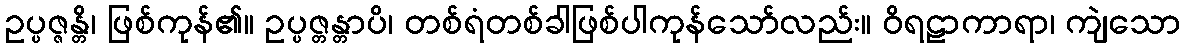
ဥပ္ပဇ္ဇန္တိ၊ ဖြစ်ကုန်၏။ ဥပ္ပဇ္တန္တာပိ၊ တစ်ရံတစ်ခါဖြစ်ပါကုန်သော်လည်း။ ဝိရဠာကာရာ၊ ကျဲသော